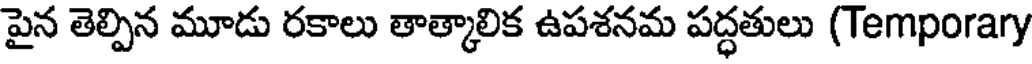
పైన తెల్పిన మూడు రకాలు తాత్కాలిక ఉపశనమ పద్ధతులు (Temporary